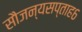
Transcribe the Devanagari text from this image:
सौजन्यसप्ताह६